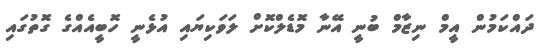
ދައްކަމުން އީމް ނިޒާމް ބުނީ އޭނާ މޮޑެލްކޮށް ލަވަކިޔައި އުޅެނީ ހޮބީއެއްގެ ގޮތުގައި